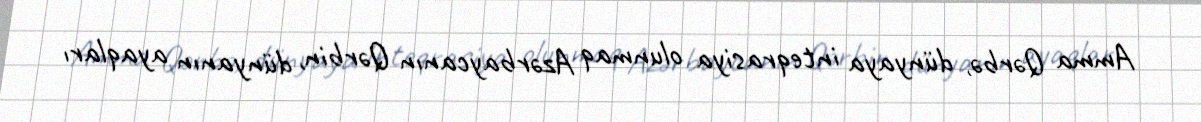
Amma Qərbə, dünyaya inteqrasiya olunmaq Azərbaycanın Qərbin, dünyanın ayaqları